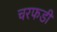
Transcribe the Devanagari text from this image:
चरफडी